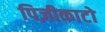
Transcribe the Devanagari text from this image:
पिज़ीकाटो